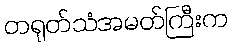
တရုတ်သံအမတ်ကြီးက